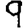
Digit: 9